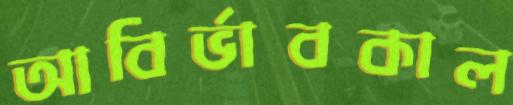
আবির্ভাবকাল